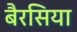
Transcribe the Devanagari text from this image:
बैरसिया